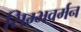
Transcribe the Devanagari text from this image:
सिम्भवर्मन